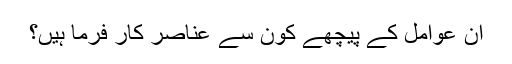
ان عوامل کے پیچھے کون سے عناصر کار فرما ہیں؟